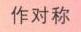
作对称